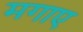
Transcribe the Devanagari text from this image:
मगाए